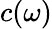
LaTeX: c(\omega)